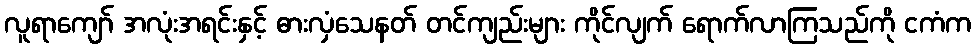
လူရာကျော် အလုံးအရင်းနှင့် ဓားလှံသေနတ် တင်ကျည်းများ ကိုင်လျက် ရောက်လာကြသည်ကို ငကံက